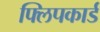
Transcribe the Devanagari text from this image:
फ्लिपकार्ड